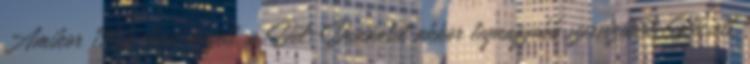
Amikor 1968-ban végzett, a Dél-Dunántúl akkor legnagyobb szervizében, Pécsett,